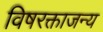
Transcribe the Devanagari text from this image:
विषरक्ताजन्य